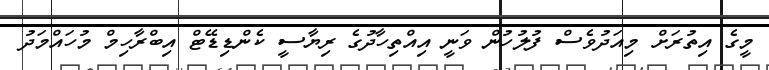
މީގެ އިތުރަށް މިއަދުވެސް ފުލުހުން ވަނީ އިއްތިހާދުގެ ރިޔާސީ ކެންޑިޑޭޓް އިބްރާހިމް މުހައްމަދު